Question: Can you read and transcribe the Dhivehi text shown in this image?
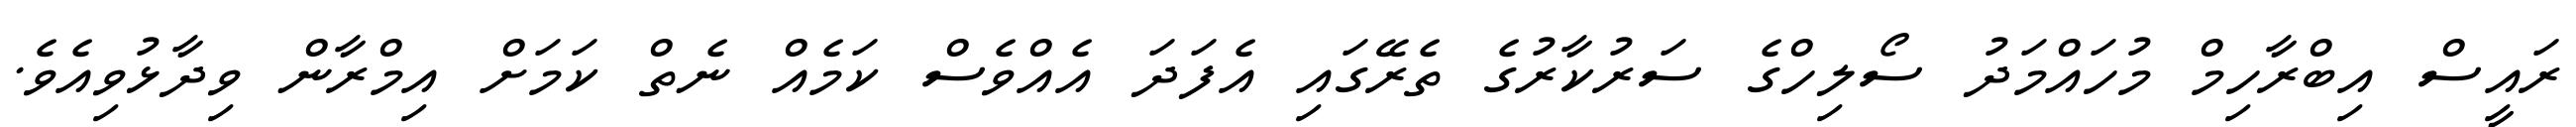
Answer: ރައީސް އިބްރާހިމް މުހައްމަދު ސޯލިހްގެ ސަރުކާރުގެ ތެރޭގައި އެފަދަ އެއްވެސް ކަމެއް ނެތް ކަމަށް އިމްރާން ވިދާޅުވިއެވެ.